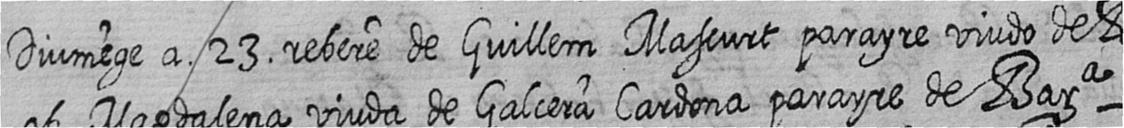
Diumege a 23 rebere de Guillem Mascurt parayre viudo de Bara